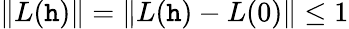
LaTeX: \| L(\mathtt{h})\| =\| L(\mathtt{h})-L(0)\| \leq1